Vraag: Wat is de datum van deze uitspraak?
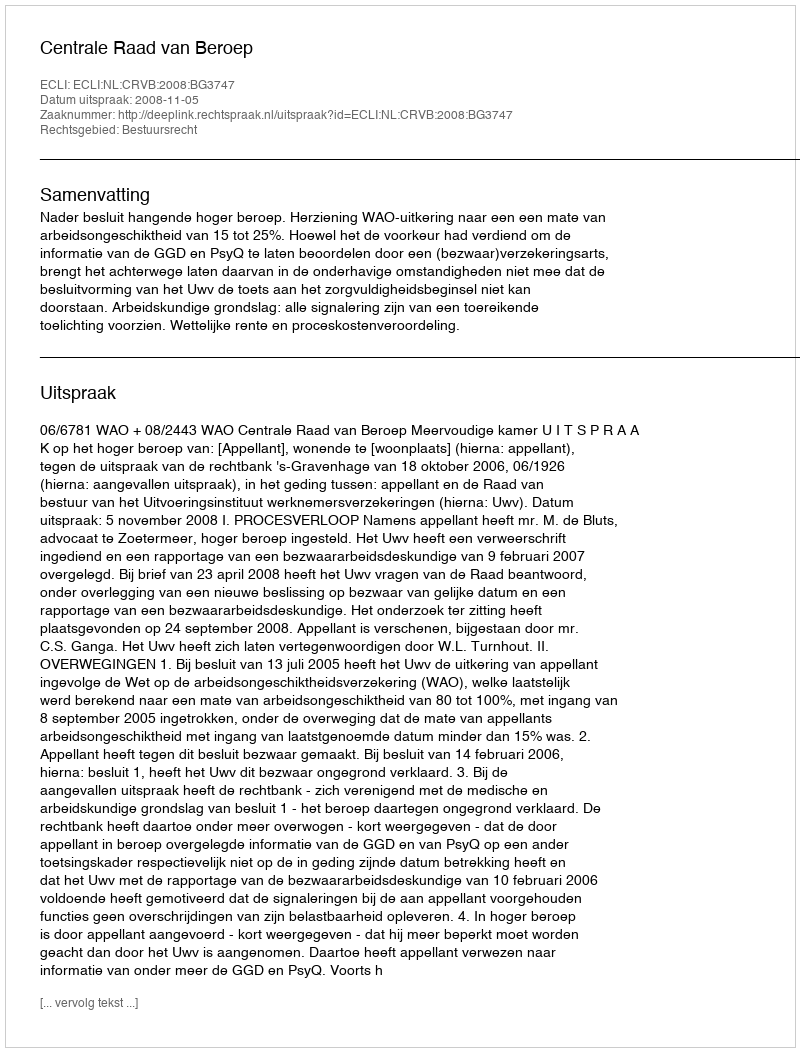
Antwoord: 2008-11-05